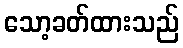
သော့ခတ်ထားသည်